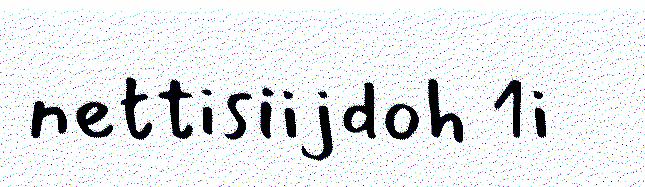
nettisiijdoh 1i